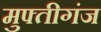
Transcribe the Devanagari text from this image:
मुफ्तीगंज